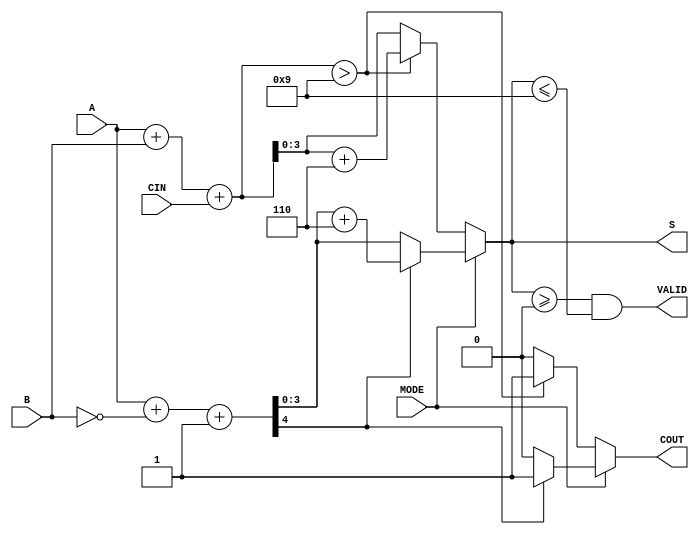
module BCD_Add_Subtracter (
    input  wire [3:0] A,      // First BCD digit
    input  wire [3:0] B,      // Second BCD digit
    input  wire MODE,         // Mode: 0 for addition, 1 for subtraction
    input  wire CIN,          // Carry-in for addition
    output reg  [3:0] S,      // Resulting BCD digit
    output reg  COUT,         // Carry-out for addition
    output reg  VALID         // Valid BCD output
);

    wire [4:0] sum;           // 5-bit sum for addition
    wire [4:0] sub;           // 5-bit sum for subtraction (A - B)
    wire [4:0] adjusted_sum;  // Adjusted sum for BCD correction
    wire [4:0] adjusted_sub;  // Adjusted subtraction for BCD correction
    wire is_sum_invalid;      // Flag for invalid sum
    wire is_sub_negative;     // Flag for negative result in subtraction

    // Perform addition
    assign sum = A + B + CIN;

    // Check if sum exceeds BCD limit
    assign is_sum_invalid = sum > 9;

    // Adjust sum if invalid
    assign adjusted_sum = sum + 6;

    // Perform subtraction by adding A and 2's complement of B
    assign sub = A + (~B) + 1;

    // Check if subtraction result is negative
    assign is_sub_negative = sub[4]; // Check the MSB for negativity

    // Adjust subtraction if negative
    assign adjusted_sub = sub + 6;

    always @(*) begin
        if (MODE == 0) begin // Addition mode
            if (is_sum_invalid) begin
                S = adjusted_sum[3:0]; // Use adjusted sum
                COUT = 1;               // Set carry-out
            end else begin
                S = sum[3:0];           // Use direct sum
                COUT = 0;               // No carry-out
            end
        end else begin // Subtraction mode
            if (is_sub_negative) begin
                S = adjusted_sub[3:0]; // Use adjusted subtraction
                COUT = 1;               // Indicate borrow
            end else begin
                S = sub[3:0];           // Use direct subtraction
                COUT = 0;               // No borrow
            end
        end

        // Validate the BCD output
        VALID = (S >= 4'b0000 && S <= 4'b1001);
    end

endmodule